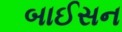
બાઈસન